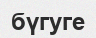
бүгуге